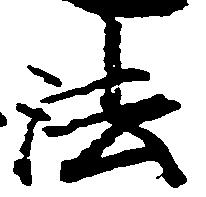
法